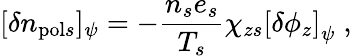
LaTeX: [\delta n_{\mathrm{pol}s}]_{\psi}=-\frac{n_{s}e_{s}}{T_{s}}\chi_{zs}\left[\delta\phi_{z}\right]_{\psi}\; ,